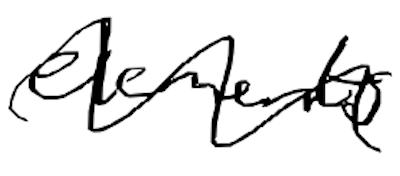
Text: elements
Cross-out: wave
Writing tool: digital_black